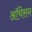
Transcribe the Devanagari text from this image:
ऑचेसन